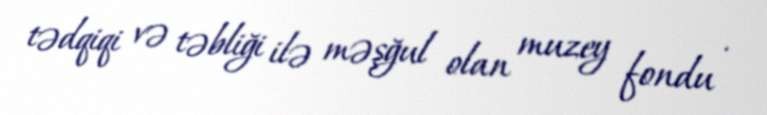
tədqiqi və təbliği ilə məşğul olan muzey fondu .